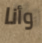
وأنا